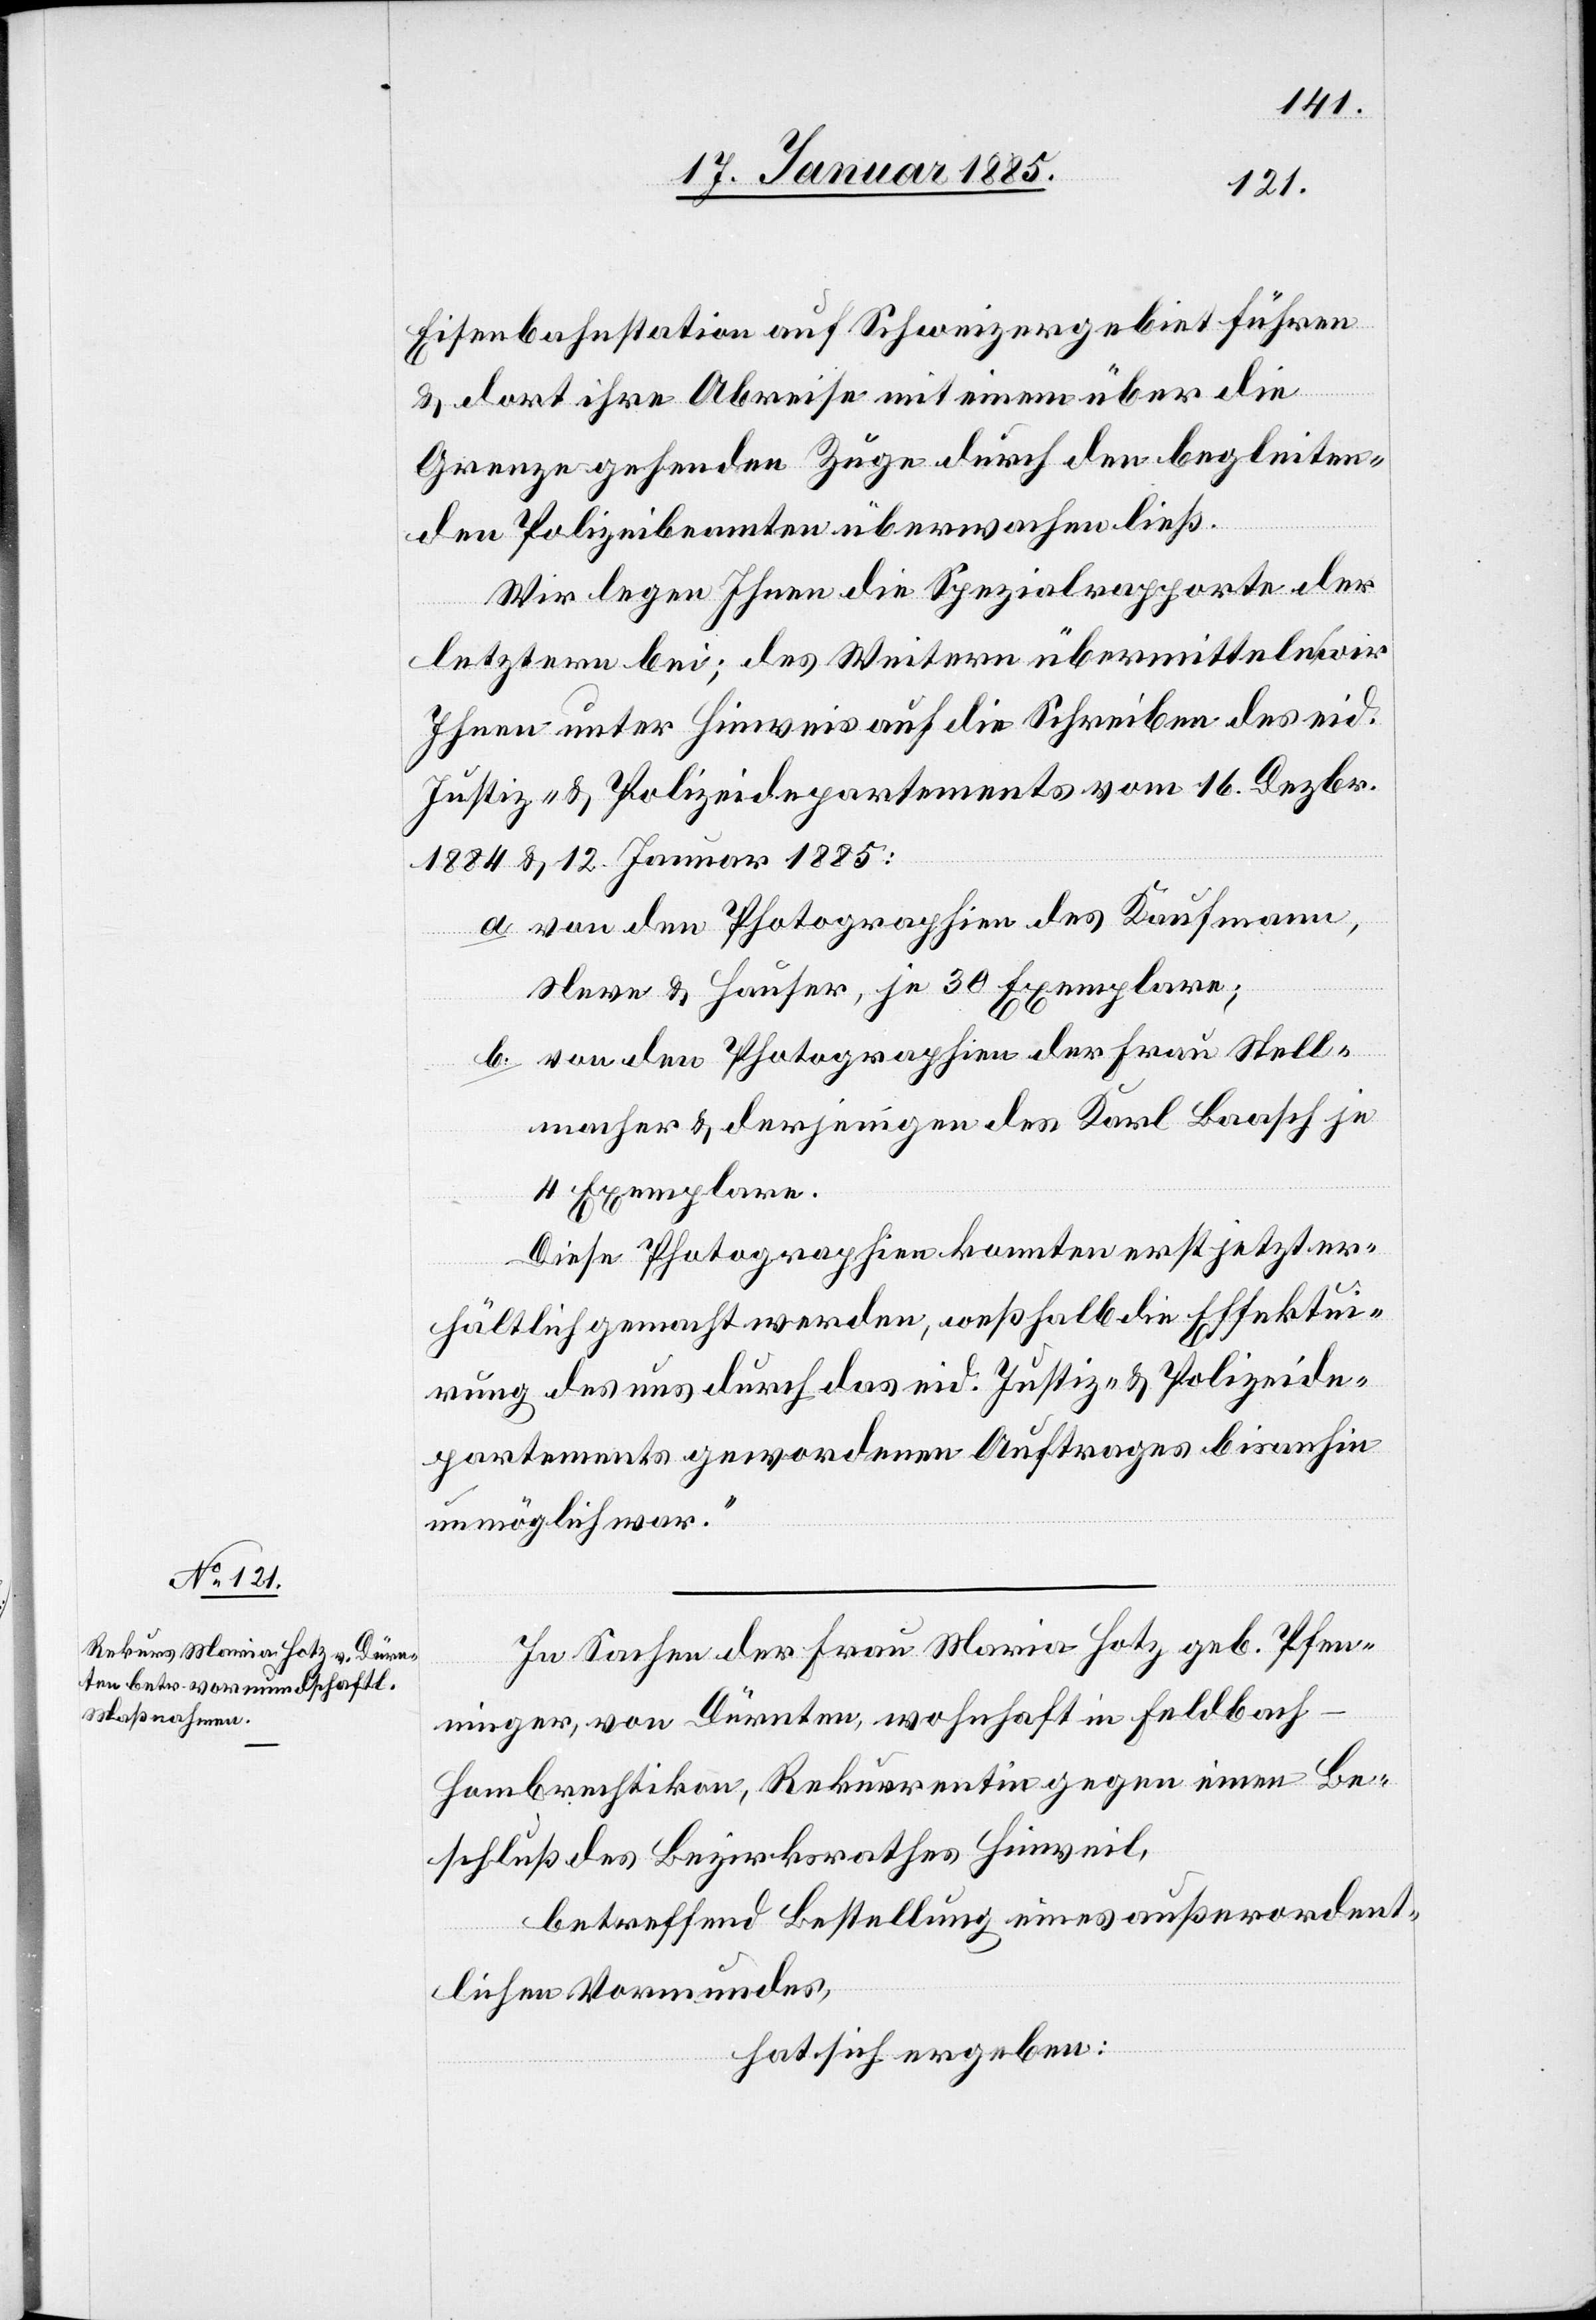
Eisenbahnstation auf Schweizergebiet führen
& dort ihre Abreise mit einem über die
Grenze gehenden Zuge durch den begleiten¬
den Polizeibeamten überwachen ließ.
Wir legen Ihnen die Spezialrapporte der
letztern bei; des Weitern übermitteln wir
Ihnen unter Hinweis auf die Schreiben des eid.
Justiz- & Polizeidepartements vom 16. Dezbr.
1884 & 12. Januar 1885:
a. von den Photographien des Kaufmann,
Neve & Hauser, je 30 Exemplare;
b. von den Photographien der Frau Stell¬
macher & derjenigen des Karl Baasch je
4 Exemplare.
Diese Photographien konnten erst jetzt er¬
hältlich gemacht werden, weßhalb die Effektui¬
rung des uns durch das eid. Justiz- & Polizeide¬
partements gewordenen Auftrages bisanhin
unmöglich war.“
In Sachen der Frau Maria Hotz, geb. Pfen¬
ninger, von Dürnten, wohnhaft in Feldbach
Hombrechtikon, Rekurrentin gegen einen Be¬
schluß des Bezirksrathes Hinweil,
betreffend Bestellung eines außerordent¬
lichen Vormundes,
hat sich ergeben: